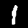
Label: 1